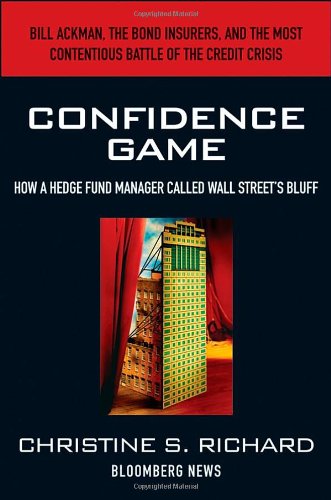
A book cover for Confidence Game: How Hedge Fund Manager Bill Ackman Called Wall Street's Bluff; Christine S. Richard; Business & Money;